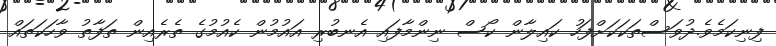
ފިނިކަމެވެ.ދުވަސްތަކަކަށްފަހު ކައިލާން ކޯސް ނިންމާފައި އެނބުރި އައުމުން ކެއުމުގެ ތެރެއިން ތަފާތު ވާހަކަތައް